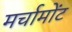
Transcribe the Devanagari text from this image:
मर्चामोंट